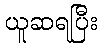
ယူဆရပြီး